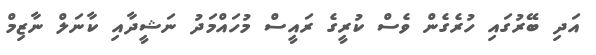
އަދި ބޭރުގައި ހުރެގެން ވެސް ކުރީގެ ރައީސް މުހައްމަދު ނަޝީދާއި ކާނަލް ނާޒިމް